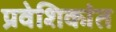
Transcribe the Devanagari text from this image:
प्रवेशिकांत